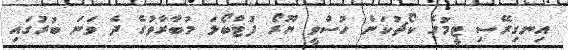
އިނގިރޭސި ޓީމުގެ ކޯޗުކަން ހުސްވީ ޔޫރޯ ފުޓްބޯޅަ މުބާރާތުގެ ދެ ވަނަ ބުރުގައި